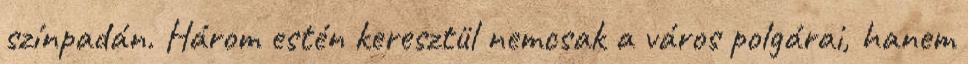
színpadán. Három estén keresztül nemcsak a város polgárai, hanem